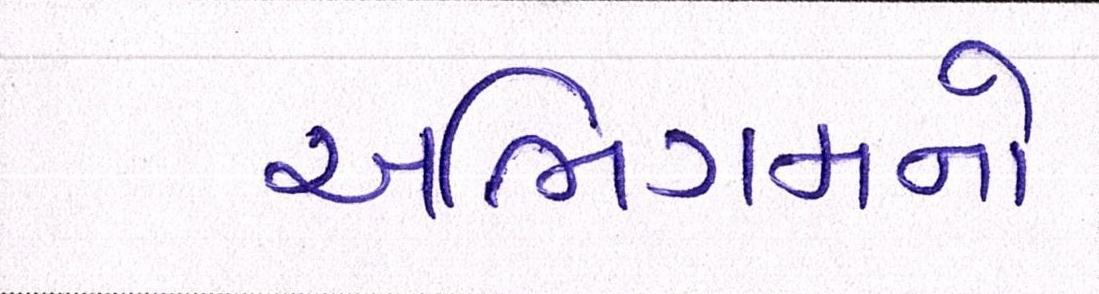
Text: અભિગમનો